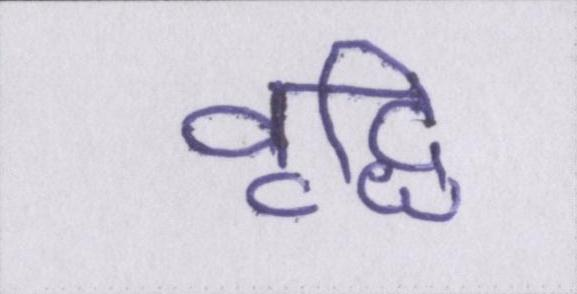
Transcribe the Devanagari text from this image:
वृद्धि